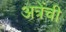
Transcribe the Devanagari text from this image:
अत्रेंची